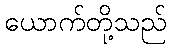
ယောက်တို့သည်